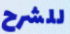
للشرح